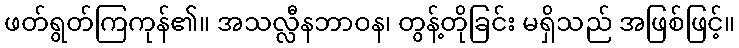
ဖတ်ရွတ်ကြကုန်၏။ အသလ္လီနဘာဝန၊ တွန့်တိုခြင်း မရှိသည် အဖြစ်ဖြင့်။